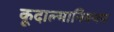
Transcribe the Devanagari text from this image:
कूदाल्मानिक्यम